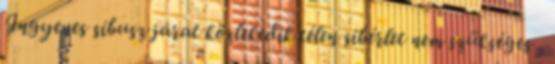
Ingyenes síbusz járat közlekedik télen síbérlet nem szükséges ,